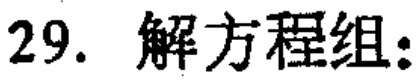
29. 解方程组: